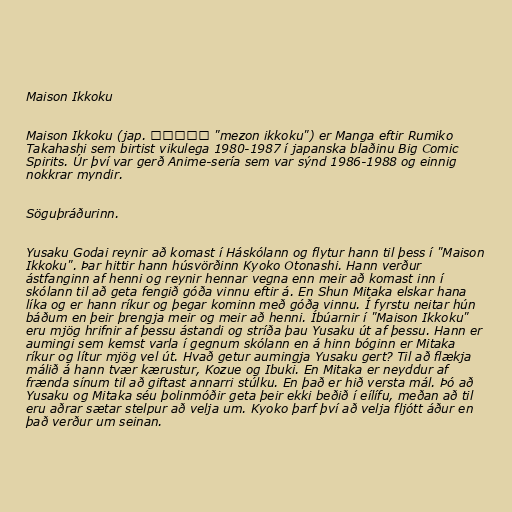
Maison Ikkoku

Maison Ikkoku (jap. めぞん一刻 "mezon ikkoku") er Manga eftir Rumiko
Takahashi sem birtist vikulega 1980-1987 í japanska blaðinu Big Comic
Spirits. Úr því var gerð Anime-sería sem var sýnd 1986-1988 og einnig
nokkrar myndir.

Söguþráðurinn.

Yusaku Godai reynir að komast í Háskólann og flytur hann til þess í "Maison
Ikkoku". Þar hittir hann húsvörðinn Kyoko Otonashi. Hann verður
ástfanginn af henni og reynir hennar vegna enn meir að komast inn í
skólann til að geta fengið góða vinnu eftir á. En Shun Mitaka elskar hana
líka og er hann ríkur og þegar kominn með góða vinnu. Í fyrstu neitar hún
báðum en þeir þrengja meir og meir að henni. Íbúarnir í "Maison Ikkoku"
eru mjög hrifnir af þessu ástandi og stríða þau Yusaku út af þessu. Hann er
aumingi sem kemst varla í gegnum skólann en á hinn bóginn er Mitaka
ríkur og lítur mjög vel út. Hvað getur aumingja Yusaku gert? Til að flækja
málið á hann tvær kærustur, Kozue og Ibuki. En Mitaka er neyddur af
frænda sínum til að giftast annarri stúlku. En það er hið versta mál. Þó að
Yusaku og Mitaka séu þolinmóðir geta þeir ekki beðið í eílífu, meðan að til
eru aðrar sætar stelpur að velja um. Kyoko þarf því að velja fljótt áður en
það verður um seinan.